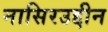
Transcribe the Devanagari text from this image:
नासिरउद्दीन